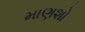
માણશો